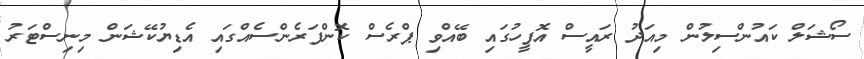
ސޯޝަލް ކައުންސިލުން މިއަދު ރައީސް އޮފީހުގައި ބޭއްވި ޕްރެސް ކޮންފަރެންސެއްގައި އެޑިޔުކޭޝަން މިނިސްޓަރު